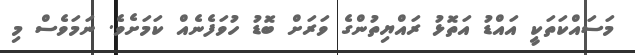
މަސައްކަތަކީ އައްޑު އަތޮޅު ރައްޔިތުންގެ ވަރަށް ބޮޑު ހުވަފެނެއް ކަމަށެވެ. ނަމަވެސް މި